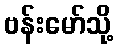
ဗန်းမော်သို့